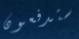
ستدفعون